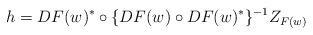
LaTeX: \begin{align*} h= DF(w)^* \circ \{ D F(w) \circ D F(w)^* \}^{-1}Z_{F(w)}\end{align*}